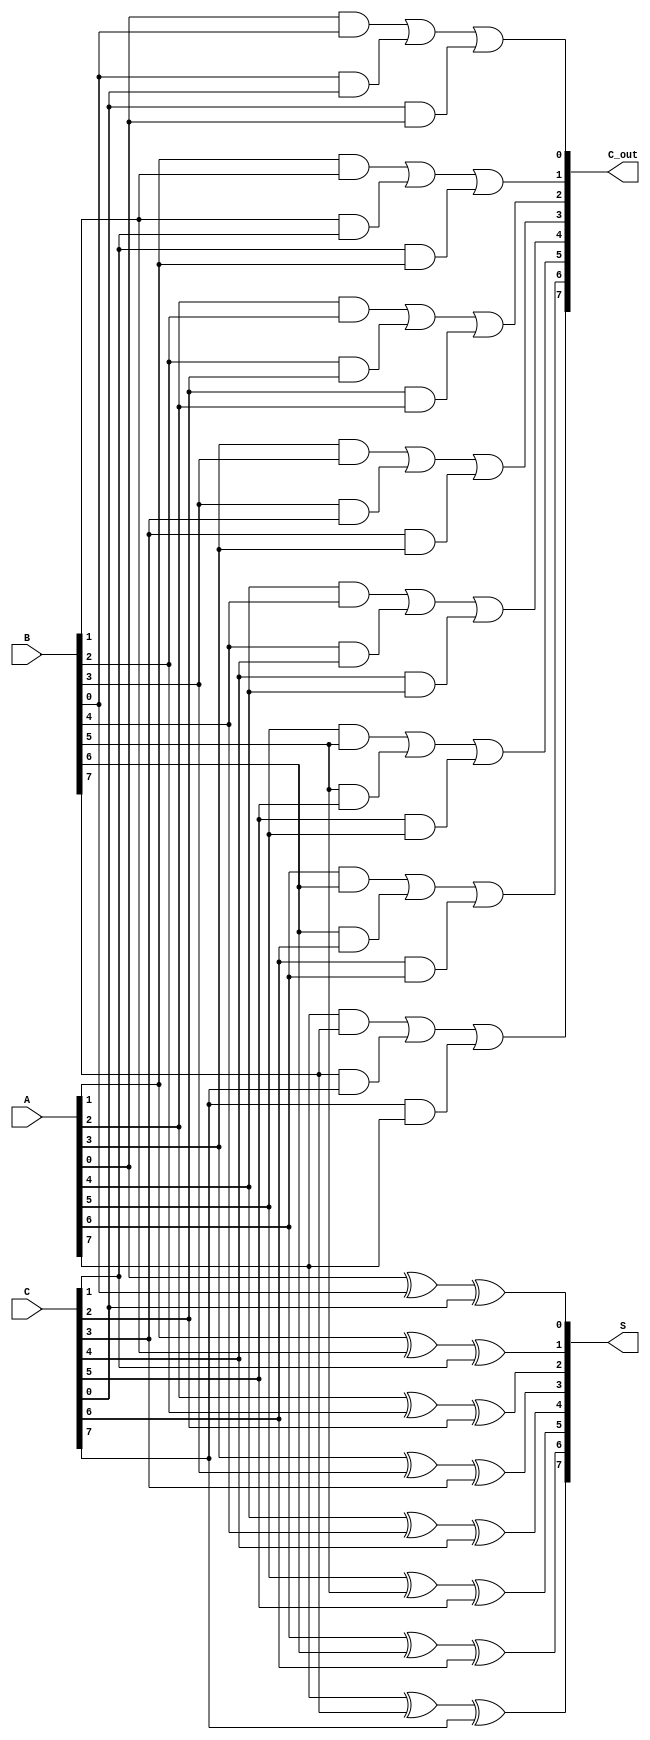
module CarrySaveAdder #(parameter n = 8) (
    input  wire [n-1:0] A, // First input
    input  wire [n-1:0] B, // Second input
    input  wire [n-1:0] C, // Third input
    output wire [n-1:0] S, // Sum output
    output wire [n-1:0] C_out // Carry output
);

genvar i;
generate
    for (i = 0; i < n; i = i + 1) begin : CSA_bit
        // Calculate sum output bit
        assign S[i] = A[i] ^ B[i] ^ C[i];
        // Calculate carry output bit
        assign C_out[i] = (A[i] & B[i]) | (B[i] & C[i]) | (C[i] & A[i]);
    end
endgenerate

endmodule